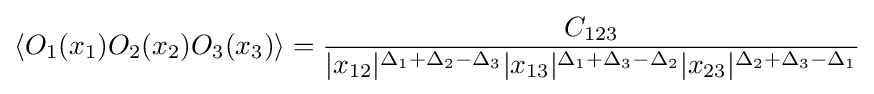
\left\langle O_{1}(x_{1})O_{2}(x_{2})O_{3}(x_{3})\right\rangle ={\frac {C_{123}}{|x_{12}|^{\Delta _{1}+\Delta _{2}-\Delta _{3}}|x_{13}|^{\Delta _{1}+\Delta _{3}-\Delta _{2}}|x_{23}|^{\Delta _{2}+\Delta _{3}-\Delta _{1}}}}